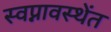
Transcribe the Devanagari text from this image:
स्वप्नावस्थेंत